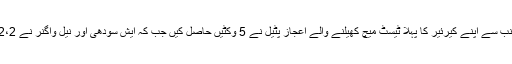
کیویز کی جانب سے اپنے کیرئیر کا پہلا ٹیسٹ میچ کھیلنے والے اعجاز پٹیل نے 5 وکٹیں حاصل کیں جب کہ ایش سودھی اور نیل واگنر نے 2،2 شکار کیے۔